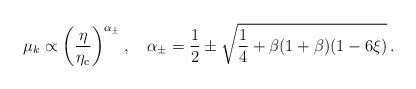
LaTeX: \begin{align*} \mu_k \propto \left(\frac{\eta}{\eta_{\rm c}}\right)^{\alpha{_{\pm}}},\quad \alpha_\pm = \frac{1}{2}\pm \sqrt{\frac{1}{4} + \beta(1+\beta)(1-6\xi)}\, .\end{align*}